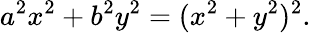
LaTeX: a^{2}x^{2}+b^{2}y^{2}=(x^{2}+y^{2})^{2}.